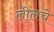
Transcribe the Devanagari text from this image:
लीलचे